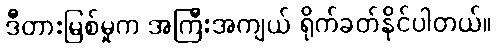
ဒီတားမြစ်မှုက အကြီးအကျယ် ရိုက်ခတ်နိုင်ပါတယ်။